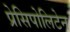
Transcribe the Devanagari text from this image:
प्रेसिपोलिटेन